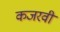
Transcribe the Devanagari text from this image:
कजरवी